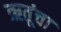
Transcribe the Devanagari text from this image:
ऋतूंचा